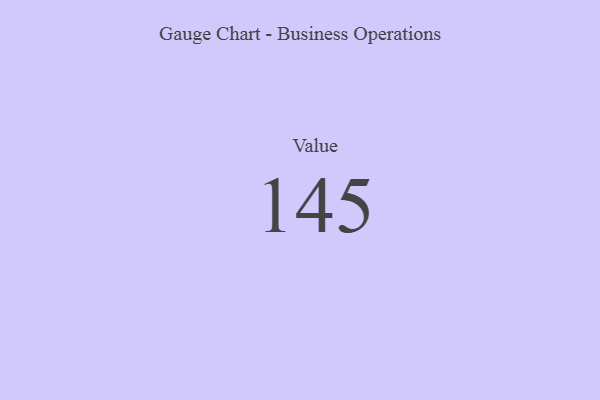
{"axis": {"x": "Metric", "y": "Value"}, "legend": [""], "data": [{"x": "Value", "y": 145, "type": ""}]}